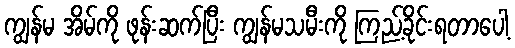
ကျွန်မ အိမ်ကို ဖုန်းဆက်ပြီး ကျွန်မသမီးကို ကြည့်ခိုင်းရတာပေါ့